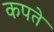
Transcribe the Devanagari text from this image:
कपते